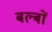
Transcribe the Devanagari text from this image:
बल्‍बों